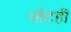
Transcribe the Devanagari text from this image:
घोटही